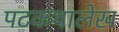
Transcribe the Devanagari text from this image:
पटकथालेख